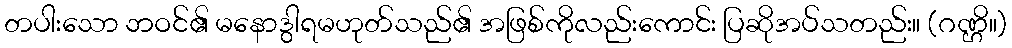
တပါးသော ဘဝင်၏ မနောဒွါရမဟုတ်သည်၏ အဖြစ်ကိုလည်းကောင်း ပြဆိုအပ်သတည်း။ (ဂဏ္ဌိ။)